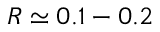
R \simeq 0 . 1 - 0 . 2